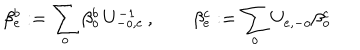
\beta _ { e } ^ { b } : = \sum _ { o } \beta _ { o } ^ { b } \, U _ { - o , e } ^ { - 1 } \, , \qquad \beta _ { e } ^ { c } : = \sum _ { o } U _ { e , - o } \beta _ { o } ^ { c } \,